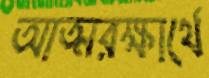
আত্মরক্ষার্থে